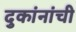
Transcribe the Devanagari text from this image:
दुकांनांची